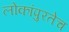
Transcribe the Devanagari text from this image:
लोकांपुरतेच